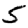
Digit: 5